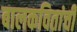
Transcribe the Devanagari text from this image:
बालकवितांची